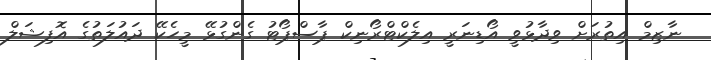
ނާޒިމް އިތުރަށް ވިދާޅުވީ އޯޑިނަރީ އިލެކްޓްރޯނިކް ޕާސްޕޯޓު ގެންގުޅޭ މީހެކޭ ދައުލަތުގެ އޮފިޝަލް